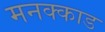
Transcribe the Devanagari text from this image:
मनक्काड